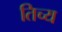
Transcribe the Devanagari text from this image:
तिच्य